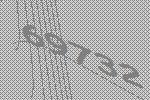
69732